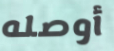
أوصله